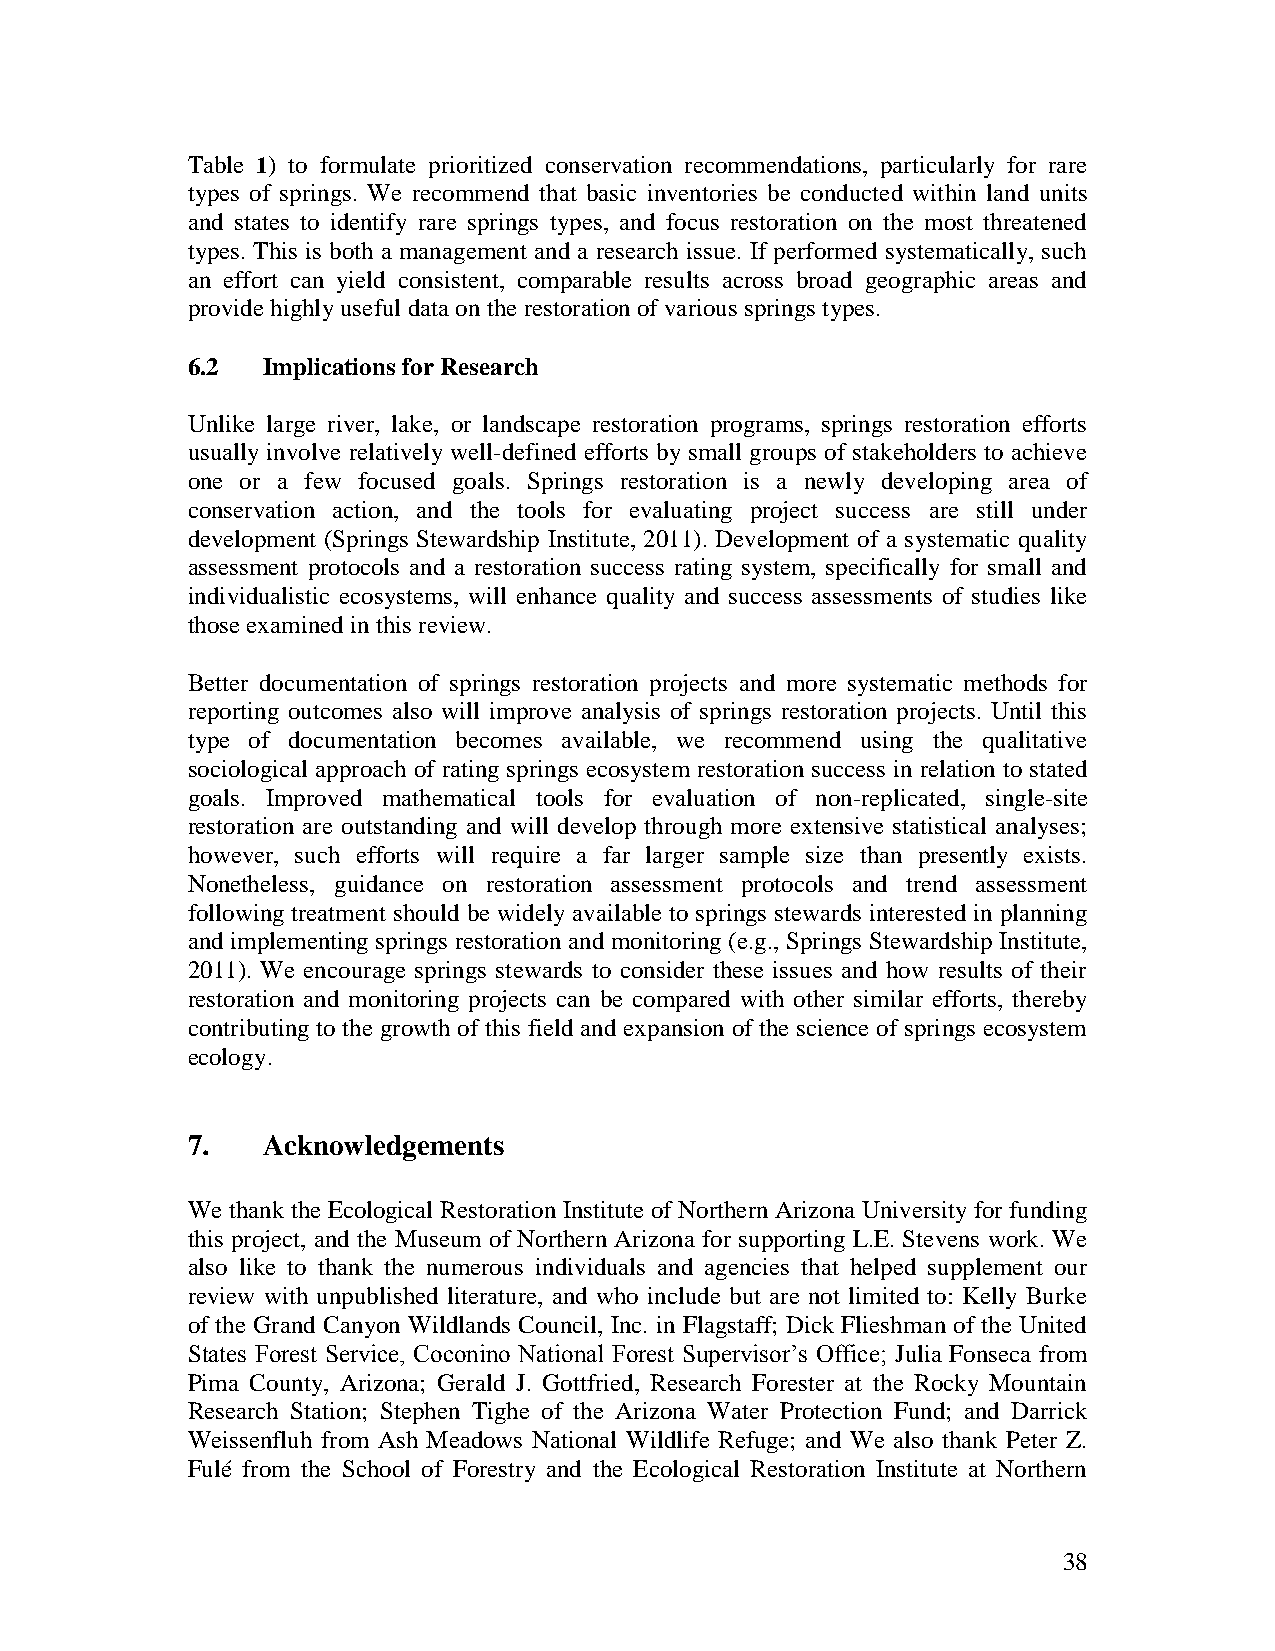
Table 1) to formulate prioritized conservation recommendations, particularly for rare
 types of springs. We recommend that basic inventories be conducted within land units
 and states to identify rare springs types, and focus restoration on the most threatened
 types. This is both a management and a research issue. If performed systematically, such
 an effort can yield consistent, comparable results across broad geographic areas and
 provide highly useful data on the restoration of various springs types.
 6.2  Implications for Research
 Unlike large river, lake, or landscape restoration programs, springs restoration efforts
 usually involve relatively well-defined efforts by small groups of stakeholders to achieve
 one or a few focused goals. Springs restoration is a newly developing area of
 conservation action, and the tools for evaluating project success are still under
 development (Springs Stewardship Institute, 2011). Development of a systematic quality
 assessment protocols and a restoration success rating system, specifically for small and
 individualistic ecosystems, will enhance quality and success assessments of studies like
 those examined in this review.
 Better documentation of springs restoration projects and more systematic methods for
 reporting outcomes also will improve analysis of springs restoration projects. Until this
 type of documentation becomes available, we recommend using the qualitative
 sociological approach of rating springs ecosystem restoration success in relation to stated
 goals. Improved mathematical tools for evaluation of non-replicated, single-site
 restoration are outstanding and will develop through more extensive statistical analyses;
 however, such efforts will require a far larger sample size than presently exists.
 Nonetheless, guidance on restoration assessment protocols and trend assessment
 following treatment should be widely available to springs stewards interested in planning
 and implementing springs restoration and monitoring (e.g., Springs Stewardship Institute,
 2011). We encourage springs stewards to consider these issues and how results of their
 restoration and monitoring projects can be compared with other similar efforts, thereby
 contributing to the growth of this field and expansion of the science of springs ecosystem
 ecology.
 7.   Acknowledgements
 We thank the Ecological Restoration Institute of Northern Arizona University for funding
 this project, and the Museum of Northern Arizona for supporting L.E. Stevens work. We
 also like to thank the numerous individuals and agencies that helped supplement our
 review with unpublished literature, and who include but are not limited to: Kelly Burke
 of the Grand Canyon Wildlands Council, Inc. in Flagstaff; Dick Flieshman of the United
 States Forest Service, Coconino National Forest Supervisor‟s Office; Julia Fonseca from
 Pima County, Arizona; Gerald J. Gottfried, Research Forester at the Rocky Mountain
 Research Station; Stephen Tighe of the Arizona Water Protection Fund; and Darrick
 Weissenfluh from Ash Meadows National Wildlife Refuge; and We also thank Peter Z.
 Fulé from the School of Forestry and the Ecological Restoration Institute at Northern
 38